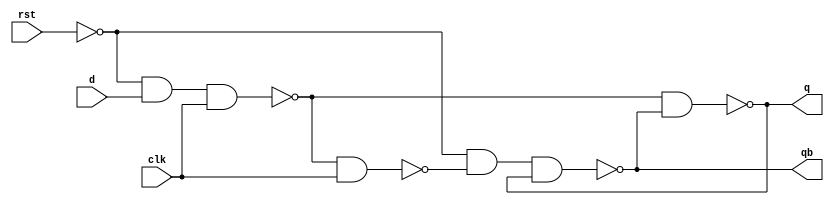
`timescale 1ns/1ns

module d_latch_rst(input d,clk,rst, output q,qb);

    wire w1,w2,w3,w4,w5;
    assign q = w4;
    assign qb = w3;
    not #6 n6(w5,rst);
    nand #8 n1(w1,w5,d,clk),n2(w2,w1,clk),n3(w4,w1,w3),n4(w3,w5,w2,w4);

endmodule

module d_latch_rst_test ();
    
    reg d,clk=0,rst;
    wire q,qb;
    d_latch_rst test(d,clk,rst,q,qb);

    always #25 clk <= ~clk;

    initial begin
        
        #25 
        rst=0;
        d=0;
        #25
        d=1;
        #25
        d=0;
        #25
        d=1;
        #25
        d=1;
        #10
        rst=1;
        #25
        d=1;
        #25
        d=0;
        rst=0;
        #25
        d=0;
        #25
        d=0;
        rst=1;
        #25
        d=1;
        #25
        rst=0;
        #100
        d=1;
        #100
        rst=1;

        #200 $stop;

    end

endmodule